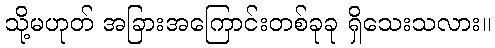
သို့မဟုတ် အခြားအကြောင်းတစ်ခုခု ရှိသေးသလား။